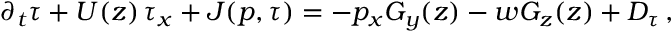
\partial _ { t } \tau + U ( z ) \, \tau _ { x } + J ( p , \tau ) = - p _ { x } G _ { y } ( z ) - w G _ { z } ( z ) + { \cal D } _ { \tau } \, ,